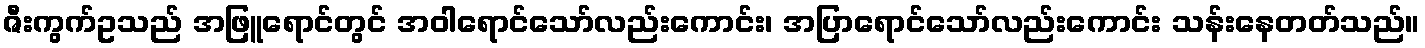
ဇီးကွက်ဥသည် အဖြူရောင်တွင် အဝါရောင်သော်လည်းကောင်း၊ အပြာရောင်သော်လည်းကောင်း သန်းနေတတ်သည်။